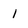
Character: l